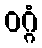
ဝဂ္ဂံ